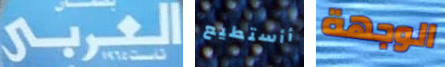
العربي أأستطيع الوجهة